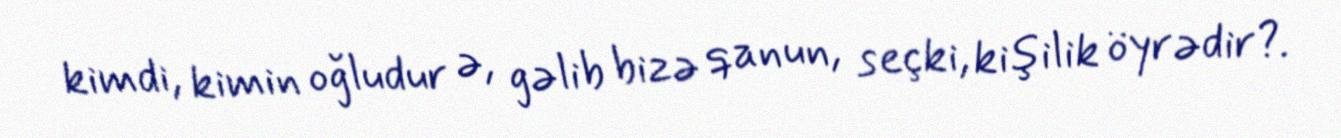
kimdi, kimin oğludur ə, gəlib bizə qanun, seçki, kişilik öyrədir?.